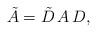
LaTeX: \begin{align*} \tilde{A} = \tilde{D} \, A \, D,\end{align*}